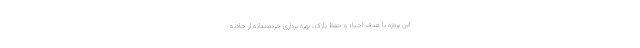
این پروژه با هدف احیاء و حفظ پارک، بهره برداری خردمندانه از جاذبه